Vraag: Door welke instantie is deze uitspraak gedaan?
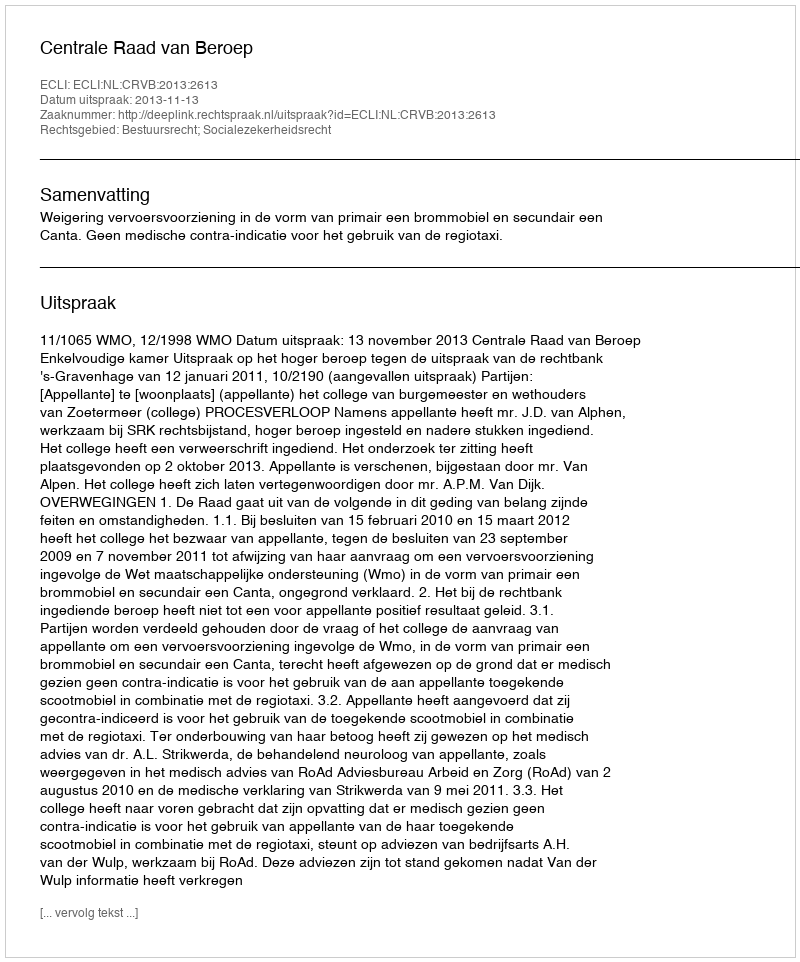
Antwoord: Centrale Raad van Beroep